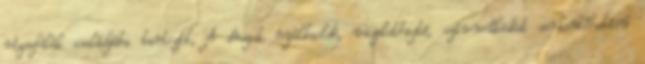
rózsafélék családjába tartozik, A drogok nyálkaoldó, vizelethajtó, szívműködést serkentőhatású